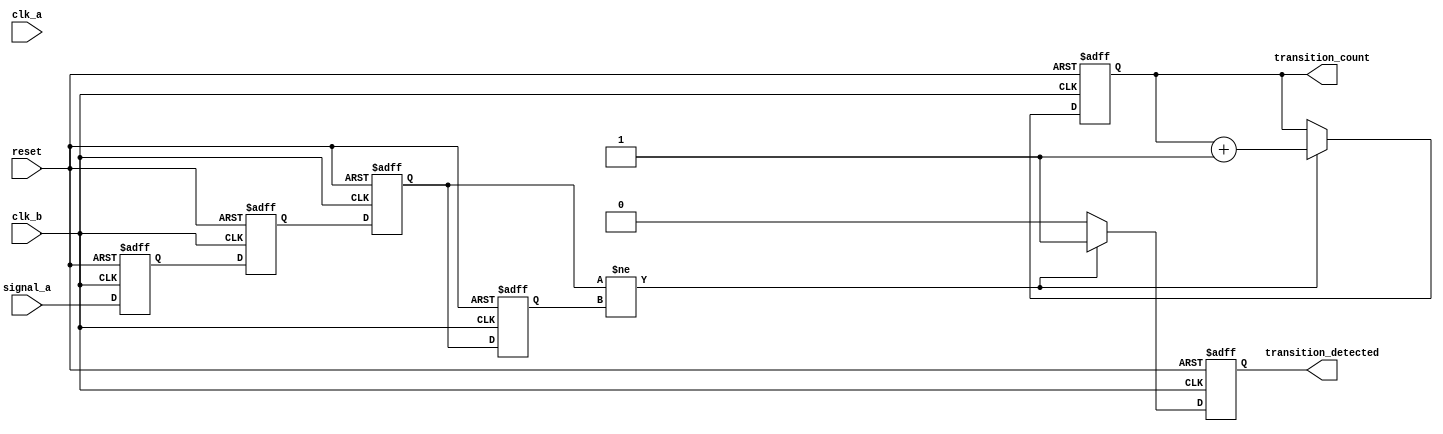
module cdc_detector (
    input wire signal_a,       // Signal from clock domain A
    input wire clk_a,         // Clock signal for domain A
    input wire clk_b,         // Clock signal for domain B
    input wire reset,         // Synchronous reset signal
    output reg transition_detected, // Indicates if a transition has been detected
    output reg [31:0] transition_count // Counter for transitions detected
);

    // Internal signals for metastability mitigation
    reg signal_a_sync1;       // First stage of synchronizer
    reg signal_a_sync2;       // Second stage of synchronizer
    reg signal_a_prev;        // Previous sampled value of signal_a
    reg signal_a_current;     // Current sampled value of signal_a

    // Synchronize signal_a to clk_b
    always @(posedge clk_b or posedge reset) begin
        if (reset) begin
            signal_a_sync1 <= 1'b0;
            signal_a_sync2 <= 1'b0;
        end else begin
            signal_a_sync1 <= signal_a; // First stage
            signal_a_sync2 <= signal_a_sync1; // Second stage
        end
    end

    // Capture the current and previous state of signal_a on clk_b
    always @(posedge clk_b or posedge reset) begin
        if (reset) begin
            signal_a_current <= 1'b0;
            signal_a_prev <= 1'b0;
            transition_detected <= 1'b0;
            transition_count <= 32'd0;
        end else begin
            signal_a_prev <= signal_a_current; // Store previous state
            signal_a_current <= signal_a_sync2; // Current state from synchronized signal

            // Edge detection logic
            if (signal_a_current != signal_a_prev) begin
                transition_detected <= 1'b1; // Transition detected
                transition_count <= transition_count + 1; // Increment counter
            end else begin
                transition_detected <= 1'b0; // No transition
            end
        end
    end

endmodule